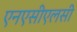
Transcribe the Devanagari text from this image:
एनएसीएलसी